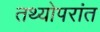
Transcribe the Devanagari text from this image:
तथ्योपरांत